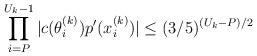
LaTeX: \begin{align*}\prod \limits_{i=P}^{U_k - 1} |c(\theta^{(k)}_i) p'(x^{(k)}_i)| \leq (3/5)^{(U_k - P)/2}\end{align*}